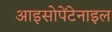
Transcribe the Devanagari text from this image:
आइसोपेंटेनाइल